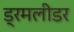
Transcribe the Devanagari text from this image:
ड्रमलीडर